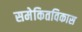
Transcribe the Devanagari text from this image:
समेकितविकास